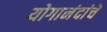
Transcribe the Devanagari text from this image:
योगानंदांचे